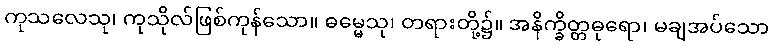
ကုသလေသု၊ ကုသိုလ်ဖြစ်ကုန်သော။ ဓမ္မေသု၊ တရားတို့၌။ အနိက္ခိတ္တဓုရော၊ မချအပ်သော